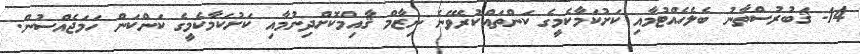
14- ޤަބުރުސްތާނު ބެލެހެއްޓުމާއި ކަށުކަމާކެމީގެ ކަންތައްކުރެވޭނެ ނިޒާމް ޤާއިމްކޮށްދިނުމާއި ކަށުކަމާކެމީގެ ކަންކަން ހަމަޖެއްސުން.